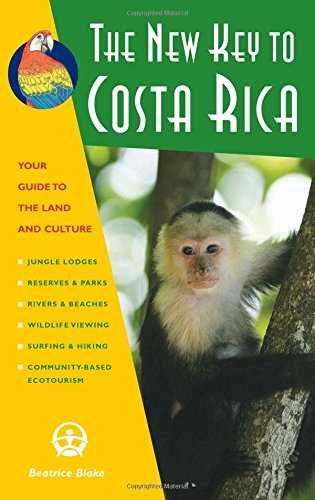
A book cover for The New Key to Costa Rica; Beatrice Blake; Travel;